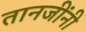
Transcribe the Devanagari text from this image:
तानजींनी